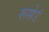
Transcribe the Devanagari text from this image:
रूसेउं